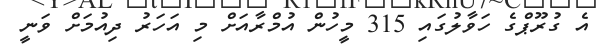
އެ ގުރޫޕްގެ ހަވާލުގައި 315 މީހުން އުމްރާއަށް މި އަހަރު ދިއުމަށް ވަނީ